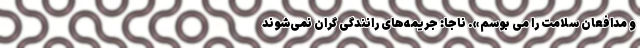
و مدافعان سلامت را می بوسم». ناجا: جریمه‌های رانندگی گران نمی‌شوند